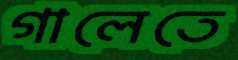
গালেতে